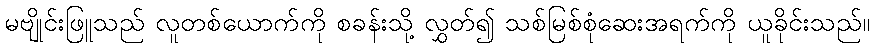
မဗျိုင်းဖြူသည် လူတစ်ယောက်ကို စခန်းသို့ လွှတ်၍ သစ်မြစ်စုံဆေးအရက်ကို ယူခိုင်းသည်။